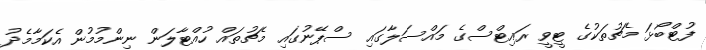
ފުޓްބޯޅަ މެޗުތަކުގެ ޓީވީ ރައިޓްސްގެ މައްސަލާގައި ސްޕޭނުގައި މެޗުތައް ހުއްޓާލަން ނިންމުމުން އެކަމާމެދު